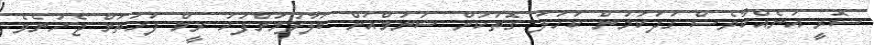
ސޮރީ އަނެއްކާވެސް ގަދަކަމުން ކަހަލަ ގޮތަކަށް ޝަނުމްއަށް ބަލާލުމަށްފަހު ރީމް ފަހަތަށް ޖެހުނެވެ.